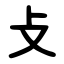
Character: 攴